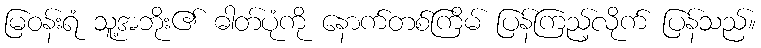
မြဝန်းရံ သူ့အဘိုး၏ ဓါတ်ပုံကို နောက်တစ်ကြိမ် ပြန်ကြည့်လိုက် ပြန်သည်။